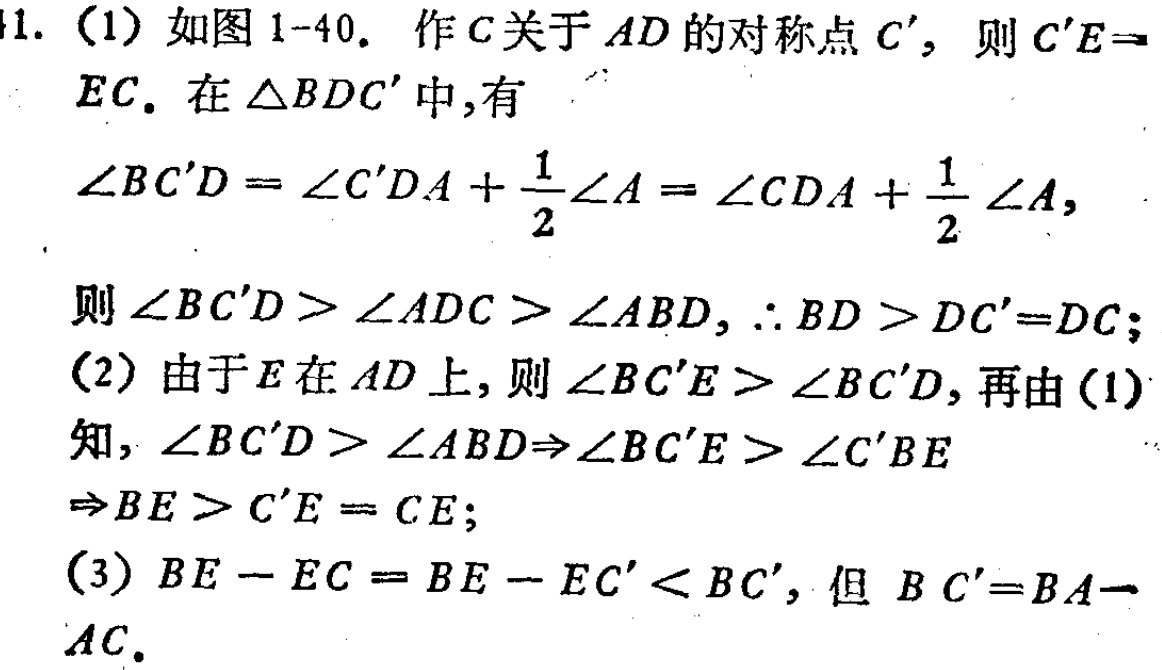
1. (1) 如图 1-40. 作 \(C\) 关于 \(AD\) 的对称点 \(C'\)，则 \(C'E = EC\). 在 \(\triangle BDC'\) 中,有

\(\angle BC'D=\angle C'DA+\frac{1}{2}\angle A=\angle CDA+\frac{1}{2}\angle A\),

则 \(\angle BC'D>\angle ADC>\angle ABD,\therefore BD > DC' = DC\);

(2) 由于 \(E\) 在 \(AD\) 上, 则 \(\angle BC'E>\angle BC'D\), 再由 (1)

知, \(\angle BC'D>\angle ABD\Rightarrow\angle BC'E>\angle C'BE\)

\(\Rightarrow BE > C'E = CE\);

(3) \(BE - EC=BE - EC'<BC'\), 但 \(BC' = BA - AC\).